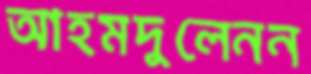
আহমদুলেনন